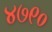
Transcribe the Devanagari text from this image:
४७९०